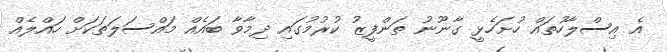
އެ އިސްލާހުތައް ހުށަހެޅީ ގާނޫނު ތަންފީޒު ކުރުމުގައި ދިމާވާ ބައެއް މައްސަލަތަކަށް ހައްލެއް